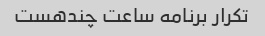
تکرار برنامه ساعت چندهست